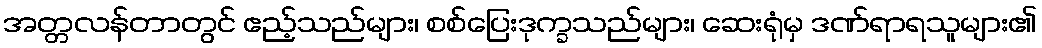
အတ္တလန်တာတွင် ဧည့်သည်များ၊ စစ်ပြေးဒုက္ခသည်များ၊ ဆေးရုံမှ ဒဏ်ရာရသူများ၏